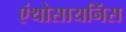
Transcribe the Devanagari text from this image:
एंथोसायनिंस